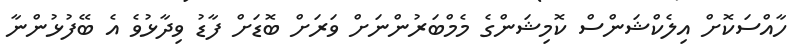
ހާއްސަކޮށް އިލެކްޝަންސް ކޮމިޝަންގެ މެމްބަރުންނަށް ވަރަށް ބޮޑަށް ފާޑު ވިދާޅުވެ އެ ބޭފުޅުންނާ